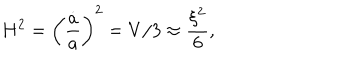
H ^ { 2 } = \left( { \frac { \dot { a } } { a } } \right) ^ { 2 } = V / 3 \approx { \frac { \xi ^ { 2 } } { 6 } } ,